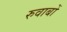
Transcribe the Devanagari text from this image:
रुवाबों